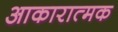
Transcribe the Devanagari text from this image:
आकारात्मक